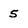
Character: 5